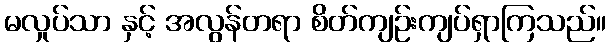
မလှုပ်သာ နှင့် အလွန်တရာ စိတ်ကျဉ်းကျပ်ရှာကြသည်။